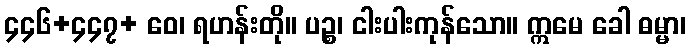
၄၄၆+၄၄၇+ ဝေ၊ ရဟန်းတို။ ပဉ္စ၊ ငါးပါးကုန်သော။ ဣမေ ခေါ ဓမ္မာ၊